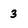
Character: 3